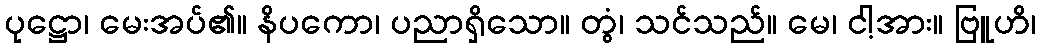
ပုဋ္ဌော၊ မေးအပ်၏။ နိပကော၊ ပညာရှိသော။ တွံ၊ သင်သည်။ မေ၊ ငါ့အား။ ဗြူဟိ၊